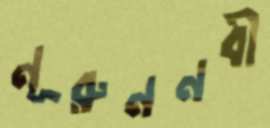
নূরুননবী